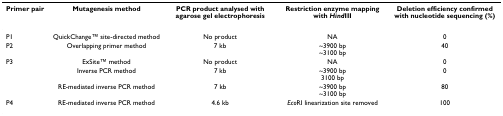
| Primer pair | Mutagenesis method | PCR product analysed with agarose gel electrophoresis | Restriction enzyme mapping with HindIII | Deletion efficiency confirmed with nucleotide sequencing (%) |
 | --- | --- | --- | --- | --- |
 | P1 | QuickChangeTM site-directed method | No product | NA | 0 |
 | P2 | Overlapping primer method | 7 kb | ~3900 bp~3100 bp | 40 |
 | P3 | ExSiteTM method | No product | NA | 0 |
 |  | Inverse PCR method | 7 kb | ~3900 bp3100 bp | 0 |
 |  | RE-mediated inverse PCR method | 7 kb | ~3900 bp~3100 bp | 80 |
 | P4 | RE-mediated inverse PCR method | 4.6 kb | EcoRI linearization site removed | 100 |